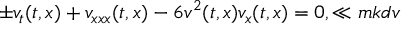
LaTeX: \pm v _ { t } ( t , x ) + v _ { x x x } ( t , x ) - 6 v ^ { 2 } ( t , x ) v _ { x } ( t , x ) = 0 , \ll { m k d v }